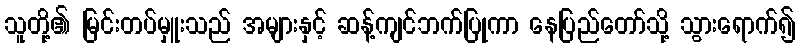
သူတို့၏ မြင်းတပ်မှူးသည် အများနှင့် ဆန့်ကျင်ဘက်ပြုကာ နေပြည်တော်သို့ သွားရောက်၍